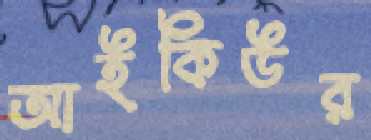
আইকিউর